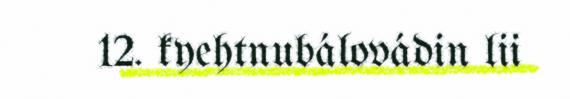
12. kyehtnubálovádin lii